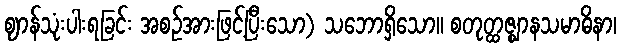
ဈာန်သုံးပါးရခြင်း အစဉ်အားဖြင့်ပြီးသော) သဘောရှိသော။ စတုတ္ထဇ္ဈာနသမာဓိနာ၊